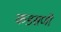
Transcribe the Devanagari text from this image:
कडसणी